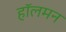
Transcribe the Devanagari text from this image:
हॉलमन